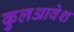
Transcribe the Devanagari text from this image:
कुलआवेश